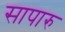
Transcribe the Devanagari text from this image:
सापारु